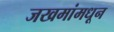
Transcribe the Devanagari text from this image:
जखमांमधून